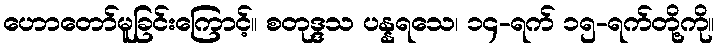
ဟောတော်မူခြင်းကြောင့်။ စတုဒ္ဒသ ပန္နရသေ၊ ၁၄-ရက် ၁၅-ရက်တို့ကို။